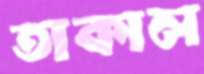
তাকাল